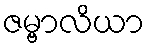
ဇမ္ဗာလိယာ